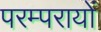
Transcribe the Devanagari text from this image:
परम्परायों